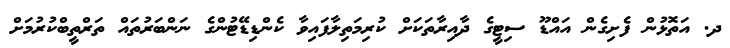
ދ. އަތޮޅުން ފެށިގެން އައްޑޫ ސިޓީގެ ދާއިރާތަކަށް ކުރިމަތިލާފައިވާ ކެންޑިޑޭޓުންގެ ނަންބަރުތައް ތަރްތީބްކުރުމަށް